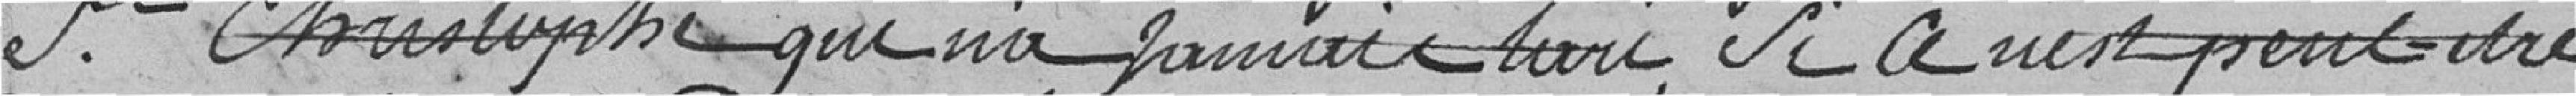
St Christophe qui n'a jamais tari, si ce n'est peut être